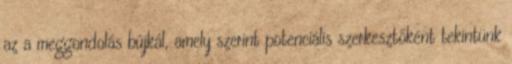
az a meggondolás bújkál, amely szerint potenciális szerkesztőként tekintünk